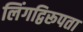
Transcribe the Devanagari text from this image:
लिंगद्विरूपता